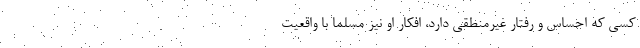
کسی که احساس و رفتار غیرمنطقی دارد، افکار او نیز مسلما با واقعیت